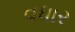
વધાર